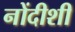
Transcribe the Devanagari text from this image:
नोंदीशी